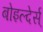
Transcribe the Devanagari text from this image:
बोइल्देर्स्